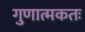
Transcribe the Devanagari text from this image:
गुणात्मकतः